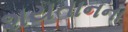
શયતાનના